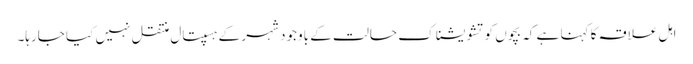
اہل علاقہ کا کہنا ہے کہ بچوں کو تشویشناک حالت کے باوجود شہر کے ہسپتال منتقل نہیں کیا جارہا۔